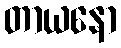
တာယနော